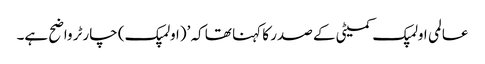
عالمی اولمپک کمیٹی کے صدر کا کہنا تھا کہ ’(اولمپک) چارٹر واضح ہے۔